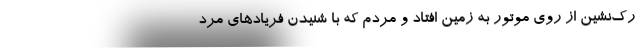
رک‌نشین از روی موتور به زمین افتاد و مردم که با شنیدن فریاد‌ها‌ی مرد